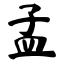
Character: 孟